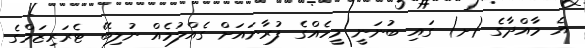
އެ މާއްދާގެ (ށ) ގައި ބުނަނީ މީހެއްގެ ފުރާނައަށް ގެއްލުމެއް ނުލިބޭ ޓެރަރިޒަމްގެ